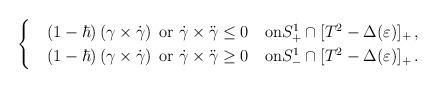
LaTeX: \begin{align*}\begin{cases}&\left(1-\hbar\right)\left(\gamma\times\dot{\gamma}\right) \hbox{ or }\dot{\gamma}\times\ddot{\gamma} \le 0 \quad\hbox{on}S^1_+\cap[T^2 - \Delta(\varepsilon)]_+\,,\\&\left(1-\hbar\right)\left(\gamma\times\dot{\gamma}\right) \hbox{ or }\dot{\gamma}\times\ddot{\gamma} \ge 0 \quad\hbox{on}S^1_-\cap[T^2 - \Delta(\varepsilon)]_+\,.\\\end{cases}\end{align*}